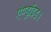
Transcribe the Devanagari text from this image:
ऍण्ड्रॉइड।